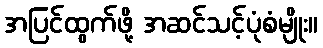
အပြင်ထွက်ဖို့ အဆင်သင့်ပုံစံမျိုး။